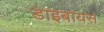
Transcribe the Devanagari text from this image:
डाइबायस